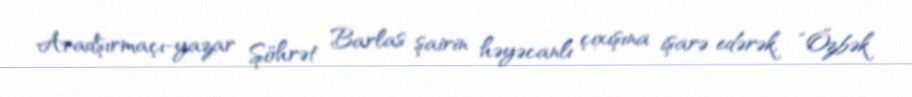
Aradşırmaçı-yazar Şöhrət Barlas şairin həyəcanlı çıxışına işarə edərək, “Özbək